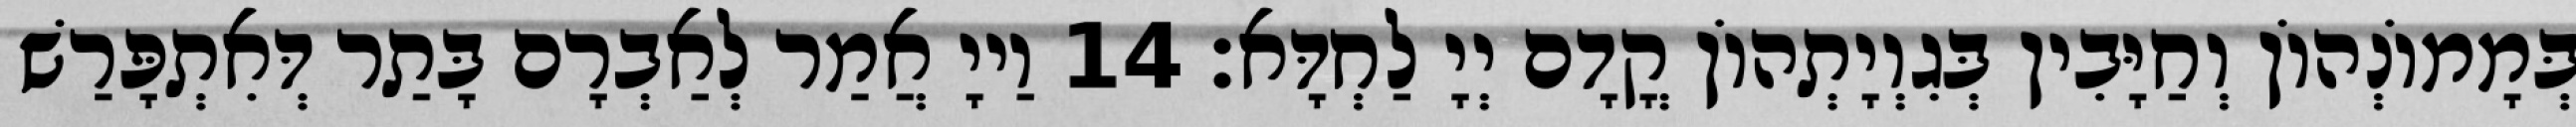
בְּמָמוֹנְהוֹן וְחַיָּבִין בְּגִוְיָתְהוֹן קֳדָם יְיָ לַחְדָּא׃ 14 וַייָ אֲמַר לְאַבְרָם בָּתַר דְּאִתְפָּרַשׁ